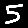
Digit: 5